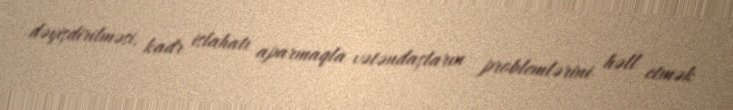
dəyişdirilməsi, kadr islahatı aparmaqla vətəndaşların problemlərini həll etmək